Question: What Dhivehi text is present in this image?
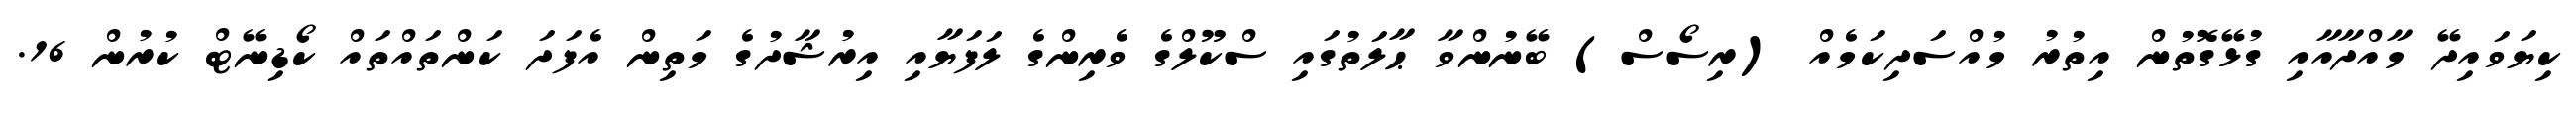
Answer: ކިޔަވައިދޭ މާއްދާއާއި ގުޅޭގޮތުން އިތުރު މުއްސަދިކަމެއް (ރިސޯސް) ބޭނުންވާ ޙާލަތުގައި ސްކޫލްގެ ވެރިންގެ ލަފަޔާއި އިރުޝާދުގެ މަތިން އެފަދަ ކަންތައްތައް ކޯޑިނޭޓް ކުރުން 16.